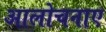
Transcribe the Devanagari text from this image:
आलोचनाए